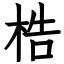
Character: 梏